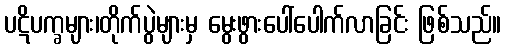
ပဋိပက္ခများ၊တိုက်ပွဲများမှ မွေးဖွားပေါ်ပေါက်လာခြင်း ဖြစ်သည်။